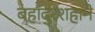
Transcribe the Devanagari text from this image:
बहादुरशहाने